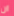
ان